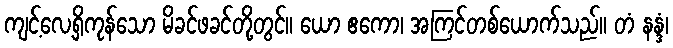
ကျင့်လေ့ရှိကုန်သော မိခင်ဖခင်တို့တွင်။ ယော ဧကော၊ အကြင်တစ်ယောက်သည်။ တံ နန္ဒံ၊